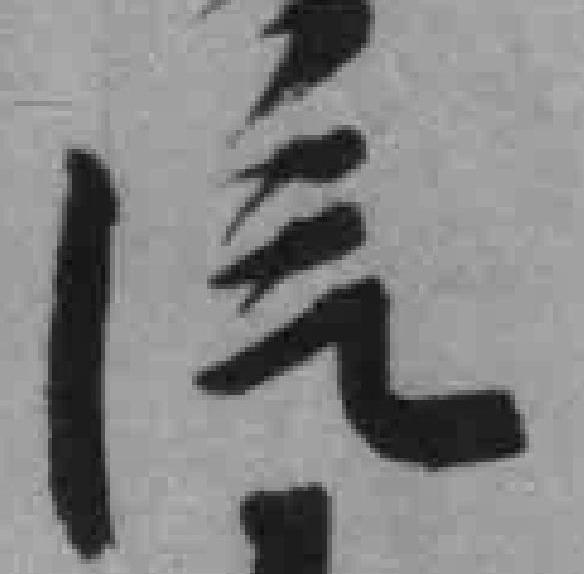
汽